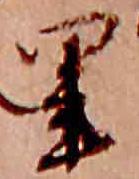
里